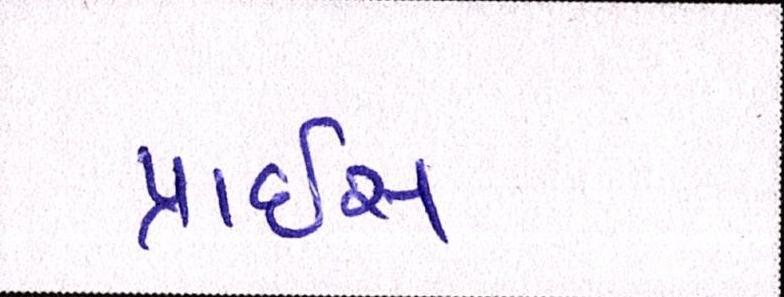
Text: પ્રાઇસ